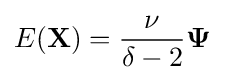
E(\mathbf {X} )={\frac {\nu }{\delta -2}}\mathbf {\Psi }